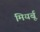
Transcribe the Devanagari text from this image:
मियर्बू